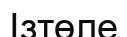
Ізтөле